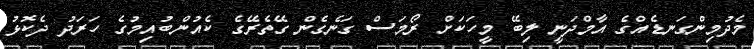
މެދުމިންގަނޑެއްގެ އާމްދަނީ ލިބޭ މީހަކަށް ރޯމަސް ގަނެގެން ގޭތެރޭގެ ކެއުންބުއިމުގެ ހަރަދު ދެކޮޅު